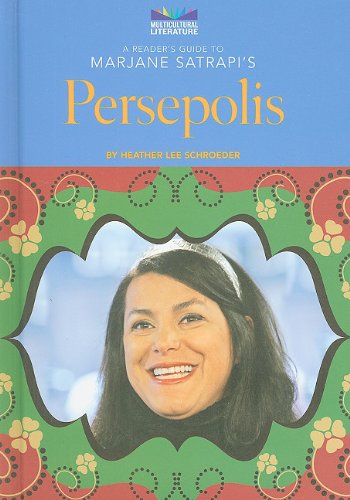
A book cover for A Reader's Guide to Marjane Satrapi's Persepolis (Understanding Literature); Heather Lee Schroeder; Teen & Young Adult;